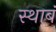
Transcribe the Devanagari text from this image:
स्थाबं